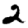
Digit: 2